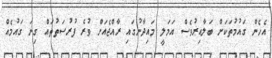
އެހެން ގައުމުތަކަށް ބަލާއިރުވެސް އަމަލީ މައިދާނުގައި ރާއްޖެއަށް ވުރެ ފުރުސަތުތައް ގިނަ ގައުމެއް